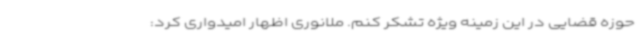
حوزه قضایی در این زمینه ویژه تشکر کنم. ملانوری اظهار امیدواری کرد: